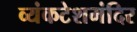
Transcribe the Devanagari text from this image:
व्यंकटेशमंदिर